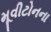
મૂવીટોનના